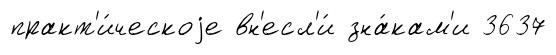
практ'и́ческоjе вн'есл'и́ зна́кам'и 3637